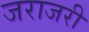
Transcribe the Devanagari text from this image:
जराजरी